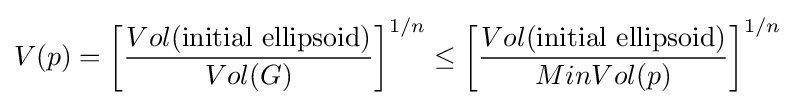
V(p)=\left[{\frac {Vol({\text{initial ellipsoid}})}{Vol(G)}}\right]^{1/n}\leq \left[{\frac {Vol({\text{initial ellipsoid}})}{MinVol(p)}}\right]^{1/n}